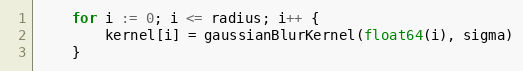
Language: Go
	for i := 0; i <= radius; i++ {
		kernel[i] = gaussianBlurKernel(float64(i), sigma)
	}